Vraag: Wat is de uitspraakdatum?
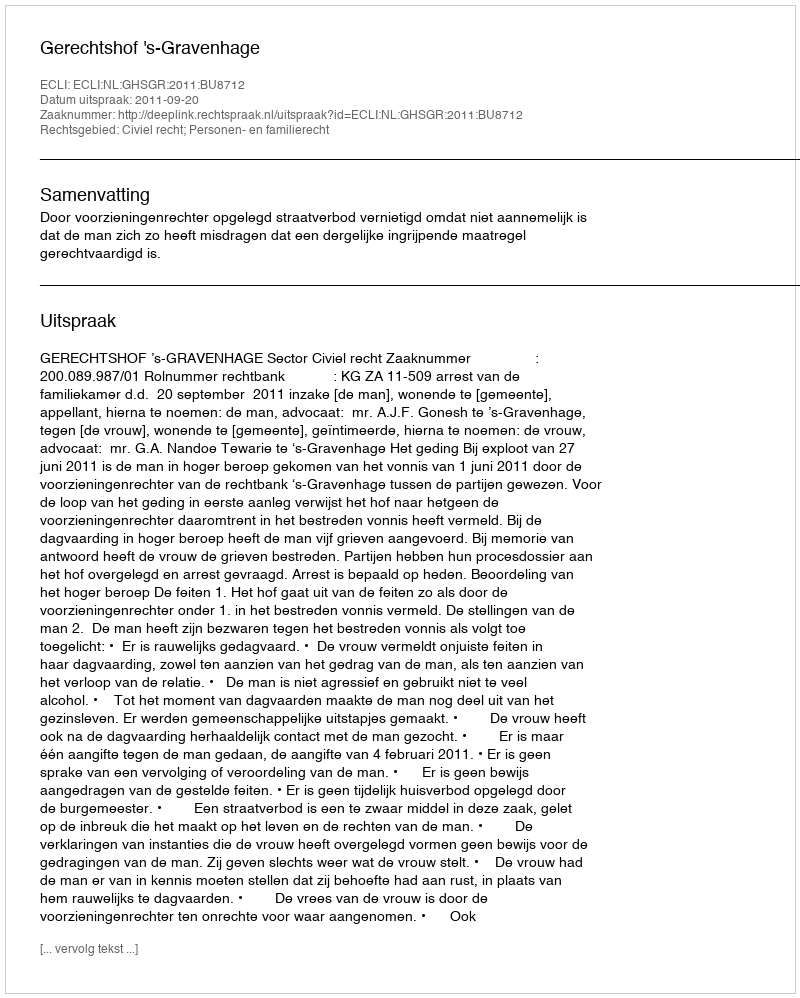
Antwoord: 2011-09-20